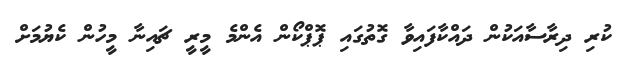
ކުރި ދިރާސާއަކުން ދައްކާފައިވާ ގޮތުގައި ޕޮޕްކޯން އެންމެ މީރީ ޗައިނާ މީހުން ކެޔުމަށް